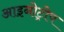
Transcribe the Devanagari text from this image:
आइनोट्रोप